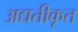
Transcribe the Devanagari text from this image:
अद्यतीकृत